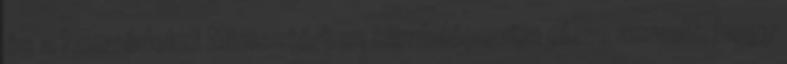
és a Honvédelmi Minisztérium kiindulópontja eleve az volt, hogy